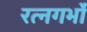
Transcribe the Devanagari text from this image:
रत्नगर्भो